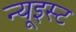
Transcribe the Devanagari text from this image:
न्यूइस्ट